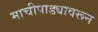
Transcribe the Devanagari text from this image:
माचीपाड्यावरून